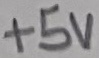
Text: +5V